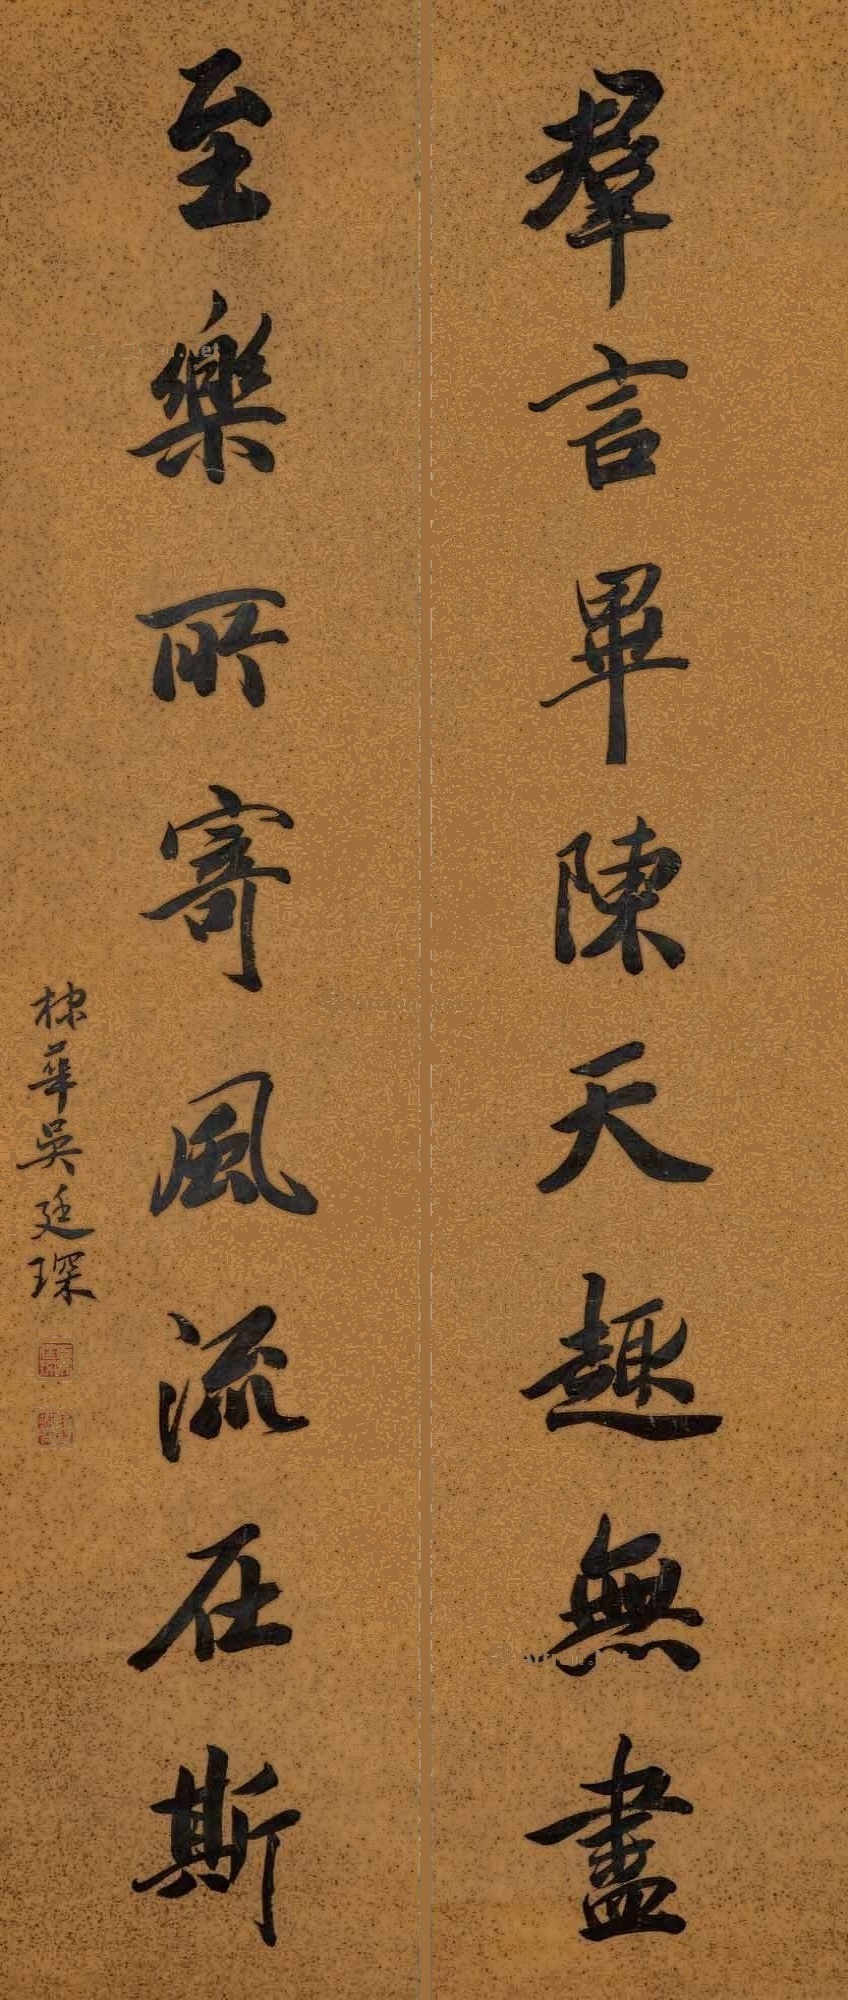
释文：群言毕陈天趣无尽，至乐所寄风流在斯。棣华吴廷琛。